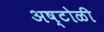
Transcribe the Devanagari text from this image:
अष्टोळी